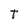
Character: T